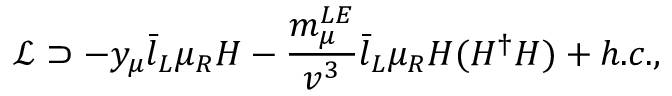
\mathcal { L } \supset - y _ { \mu } \bar { l } _ { L } \mu _ { R } H - \frac { m _ { \mu } ^ { L E } } { v ^ { 3 } } \bar { l } _ { L } \mu _ { R } H ( H ^ { \dagger } H ) + h . c . ,